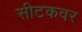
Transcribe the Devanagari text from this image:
सीटकवर